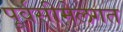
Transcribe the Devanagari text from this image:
पूर्वसीमेलगत